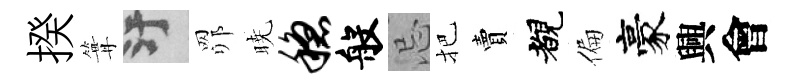
揆篝污𦊑暁稳般忌把賣覩偏豪興會